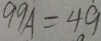
9 9 A = 4 9